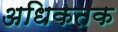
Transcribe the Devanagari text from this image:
अधिकतक